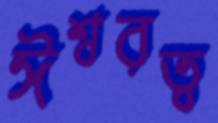
ঈশ্বরত্ব